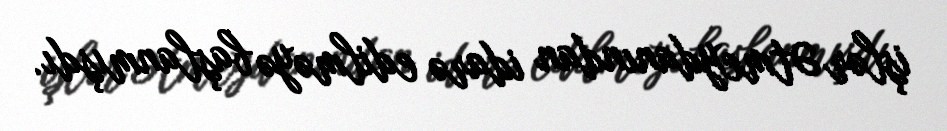
işlər Ətmeydanından idarə edilməyə başlanmışdı.